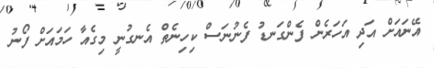
އޭނައަށް އަދި އަހަރެން ފެންގަނޑު ފެނުނަސް ކިހިނެތް އެނގުނީ މިގެއާ ހަމައަށް ފޯނު